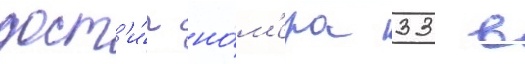
дост'и́г но́м'ера 33 в